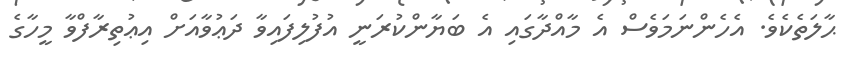
ޙާލަތެކެވެ. އެހެންނަމަވެސް އެ މާއްދާގައި އެ ބަޔާންކުރަނީ އުފުލިފައިވާ ދަޢުވާއަށް އިޢުތިރާފްވާ މީހާގެ